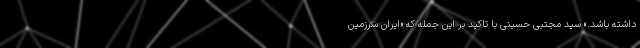
داشته باشد.» سید مجتبی حسینی با تاکید بر این جمله که «ایران سرزمین